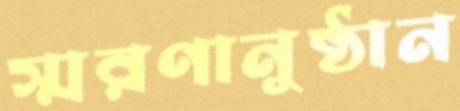
স্মরণানুষ্ঠান